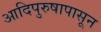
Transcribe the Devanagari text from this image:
आदिपुरुषापासून